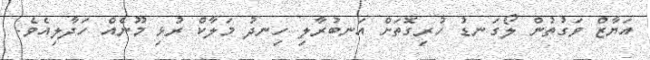
އަޔާޒް ވަގުތުން ލޯގަނޑު ހުރިގޮތަށް އަނބުރާލި ހިނދު މަލާކް ރުޅި މޫނެއް ހަދާލިއެވެ.